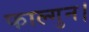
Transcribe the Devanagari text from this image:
फाल्गुन।